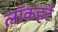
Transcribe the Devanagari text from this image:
लॉकहर्ट